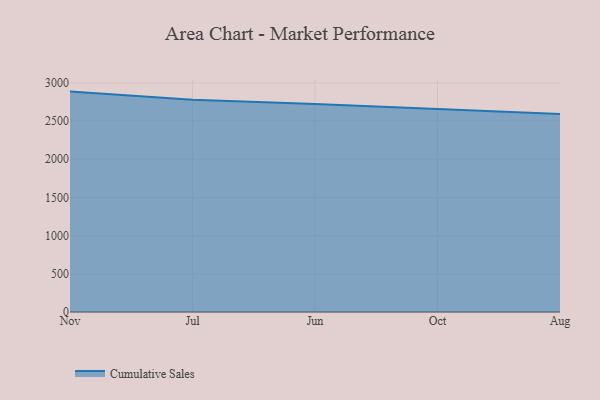
{"axis": {"x": "Month", "y": "Gross Profit (USD K)"}, "legend": ["Cumulative Sales"], "data": [{"x": "Nov", "y": 2885.2, "type": "Cumulative Sales"}, {"x": "Jul", "y": 2778.1, "type": "Cumulative Sales"}, {"x": "Jun", "y": 2723.6, "type": "Cumulative Sales"}, {"x": "Oct", "y": 2660.7, "type": "Cumulative Sales"}, {"x": "Aug", "y": 2591.8, "type": "Cumulative Sales"}]}